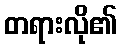
တရားလို၏